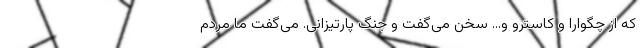
که از چگوارا و کاسترو و... سخن می‌گفت و جنگ پارتیزانی. می‌گفت ما مردم